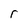
Character: r